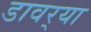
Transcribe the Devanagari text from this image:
डावर्‍या